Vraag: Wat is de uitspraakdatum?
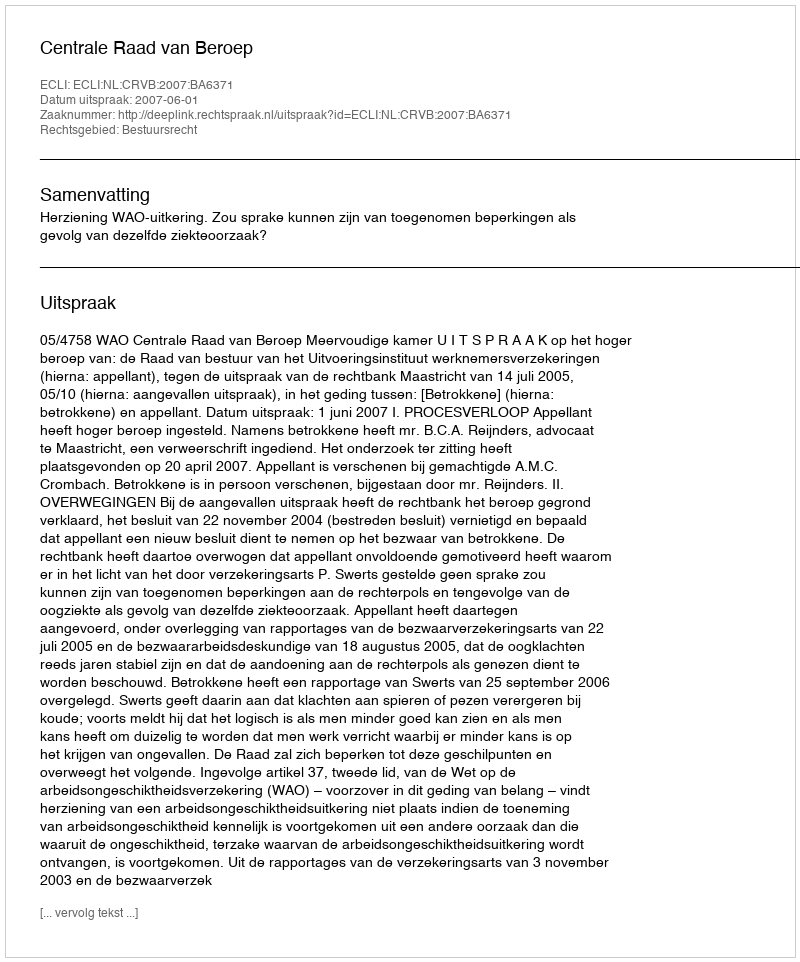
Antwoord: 2007-06-01